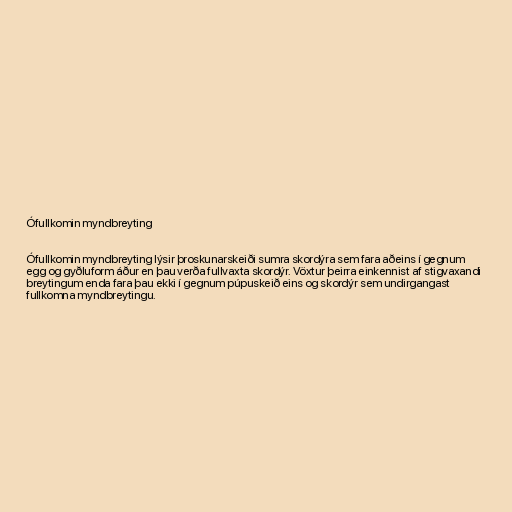
Ófullkomin myndbreyting

Ófullkomin myndbreyting lýsir þroskunarskeiði sumra skordýra sem fara aðeins í gegnum
egg og gyðluform áður en þau verða fullvaxta skordýr. Vöxtur þeirra einkennist af stigvaxandi
breytingum enda fara þau ekki í gegnum púpuskeið eins og skordýr sem undirgangast
fullkomna myndbreytingu.